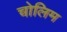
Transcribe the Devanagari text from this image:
चोलिम